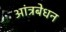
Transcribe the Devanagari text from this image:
आंत्रबेधन